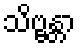
သိဗ္ဗန္တာ